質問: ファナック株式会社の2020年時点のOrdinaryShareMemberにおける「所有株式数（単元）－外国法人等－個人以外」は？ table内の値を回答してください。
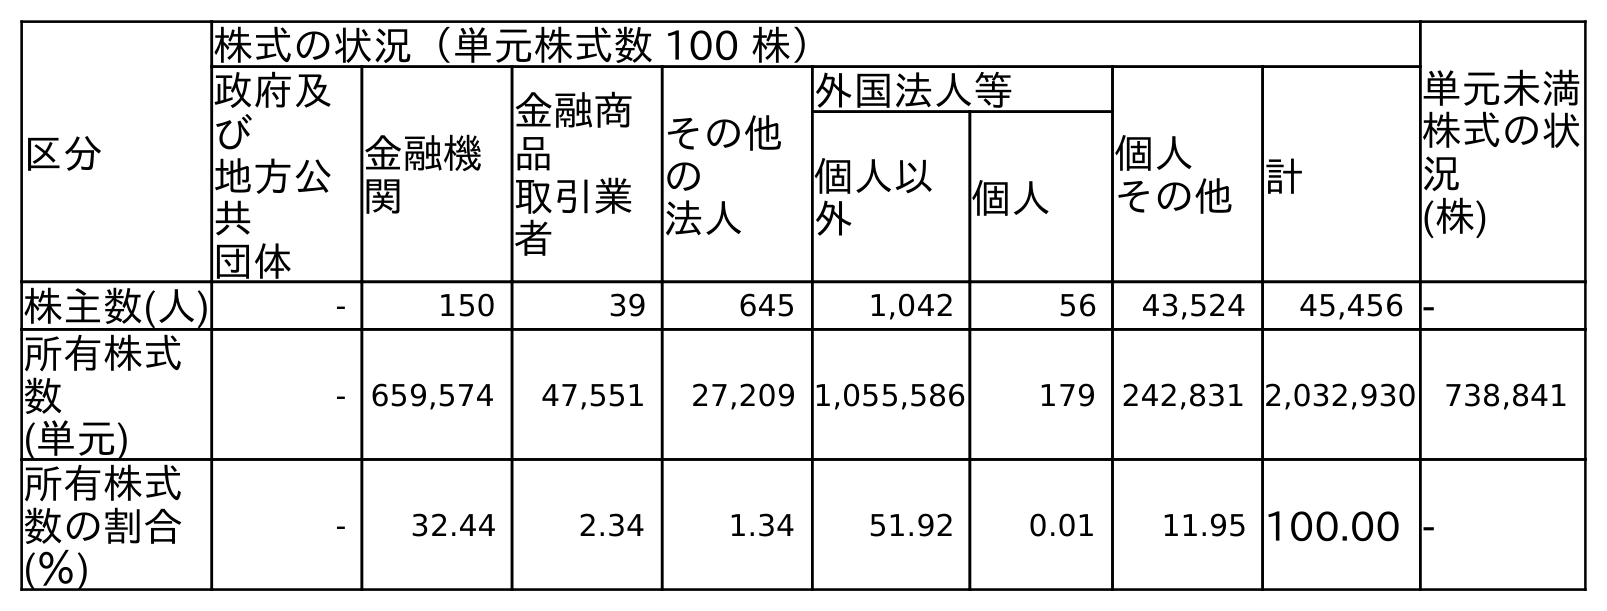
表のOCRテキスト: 区分 株式の状況（単元株式数 100 株） 単元未満 株式の状 況 (株) 政府及 び 地方公 共 団体 金融機 関 金融商 品 取引業 者 その他 の 法人 外国法人等 個人 その他計 個人以 外 個人 株主数(人) - 150 39 645 1,042 56 43,524 45,456 - 所有株式 数 (単元) - 659,574 47,551 27,209 1,055,586 179 242,831 2,032,930 738,841 所有株式 数の割合 (％) - 32.44 2.34 1.34 51.92 0.01 11.95 100.00 -
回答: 1,055,586